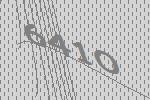
6410